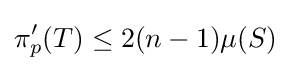
\pi _{p}'(T)\leq 2(n-1)\mu (S)